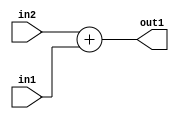
`timescale 1ps / 1ps
/*****************************************************************************
    Verilog RTL Description
    
    Generated at: 11:32:33 EST (-0500), Wednesday 18 November 2020
    Generated on: zhang-x1.ece.cornell.edu
    Generated by: jl3952 (Jie Liu)
    
    Created by: Stratus DpOpt 2017.1.02 
    Copyright (c) 2014-2015 Cadence Design Systems. All rights reserved worldwide.
    
    Cadence Design Systems proprietary and confidential
    ===================================================
    
    May contain information that incorporates Cadence Design Systems CellMath
    and other inventions claimed in Pending U.S. Patents.
    
    May contain Cadence Design Systems Trade Secrets of which use, disclosure or
    reproduction is contractually restricted or prohibited.  For more
    information, contact your legal department before any use, disclosure or
    reproduction.
*******************************************************************************/

module dut_Add_8Ux8U_9U_1 (
	in2,
	in1,
	out1
	); /* architecture "behavioural" */ 
input [7:0] in2,
	in1;
output [8:0] out1;
wire [8:0] asc001;

assign asc001 = 
	+(in2)
	+(in1);

assign out1 = asc001;
endmodule

/* CADENCE  urj2Qgw= : u9/ySgnYtBlWxVDRUQkU4ug= ** DO NOT EDIT THIS LINE ******/